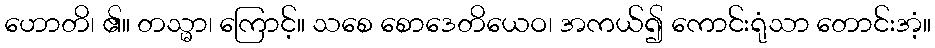
ဟောတိ၊ ၏။ တသ္မာ၊ ကြောင့်။ သစေ စောဒေတိယေဝ၊ အကယ်၍ ကောင်းရုံသာ တောင်းအံ့။